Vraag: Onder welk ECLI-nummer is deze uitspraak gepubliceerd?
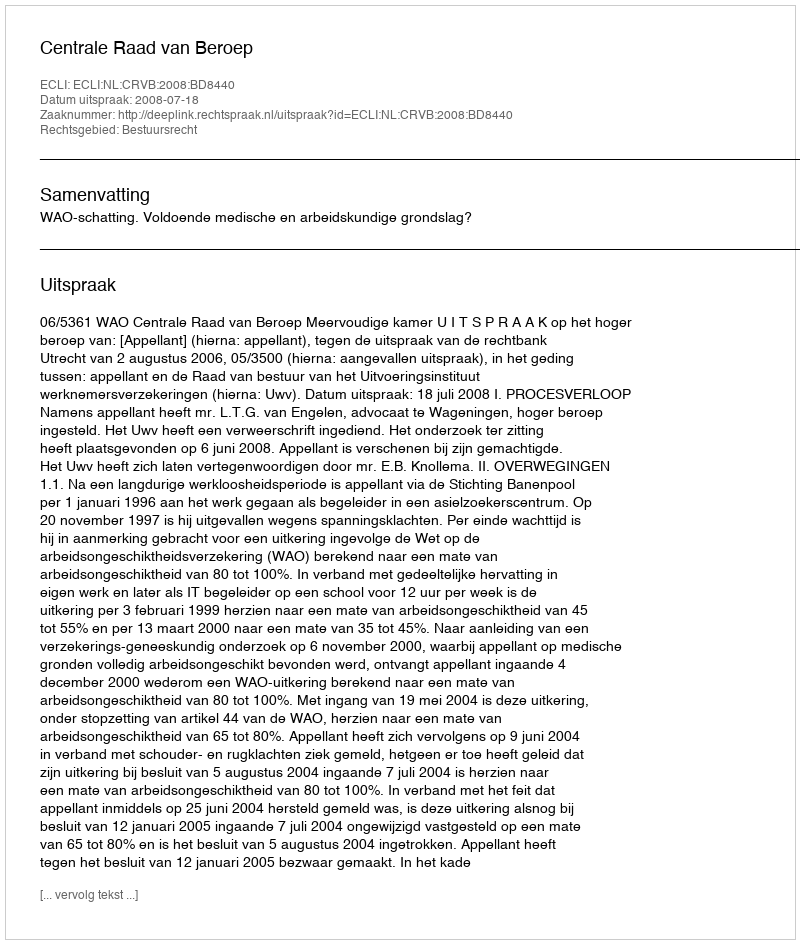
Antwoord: ECLI:NL:CRVB:2008:BD8440